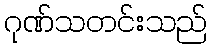
ဂုဏ်သတင်းသည်